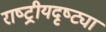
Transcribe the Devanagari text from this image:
राष्‍ट्रीयदृष्ट्या